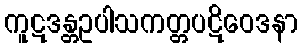
ကူဋဒန္တဥပါသကတ္တပဋိဝေဒနာ